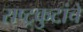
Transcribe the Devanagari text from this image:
राष्ट्रकुटांचे